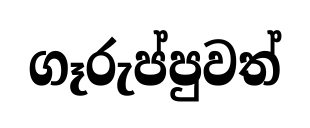
ගෑරුප්පුවත්